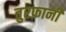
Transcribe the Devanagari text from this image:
तुरफ़ानी